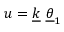
u = \underline { { { k } } } ~ \underline { { { \theta } } } _ { 1 }